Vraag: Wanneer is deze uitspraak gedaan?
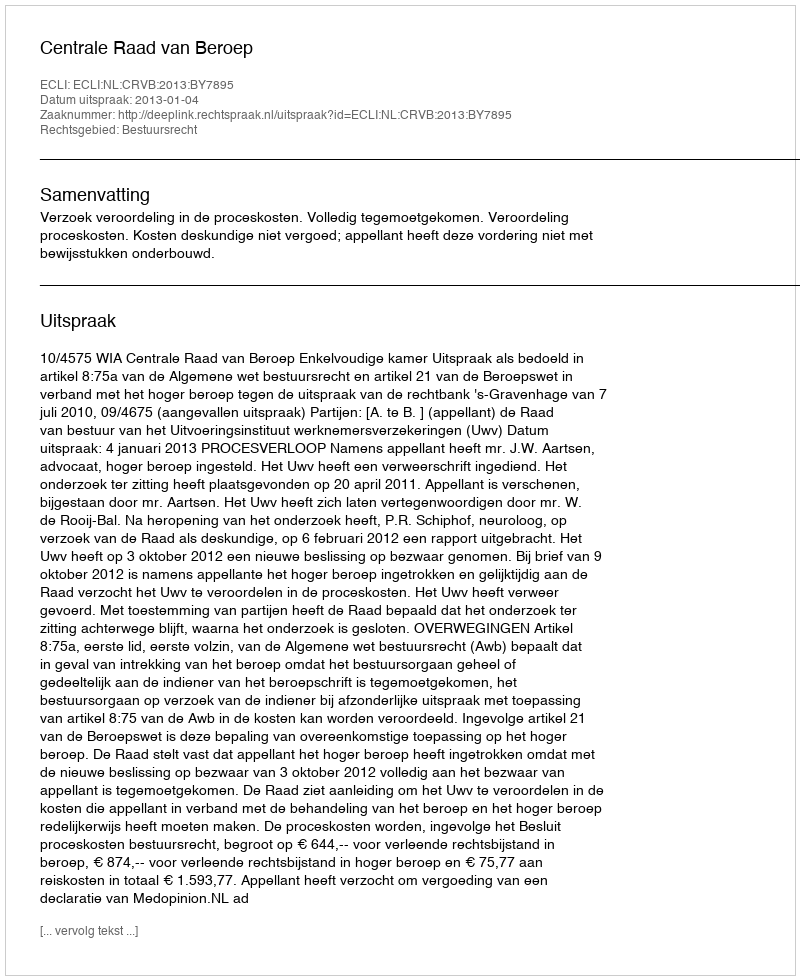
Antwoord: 2013-01-04